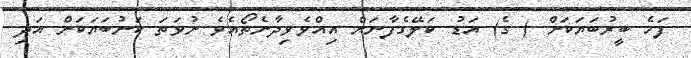
ފަހެ ބީރުބަޔަކަށް ( ގެ) އަޑު ކަލޭގެފާނަށް އިއްވެވިދާނެތޯއެވެ ނުވަތަ ކަނުބަޔަކަށް އަދި